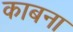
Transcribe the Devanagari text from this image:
काबना